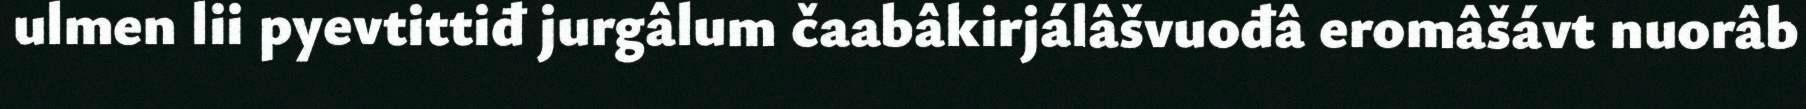
ulmen lii pyevtittiđ jurgâlum čaabâkirjálâšvuođâ eromâšávt nuorâb